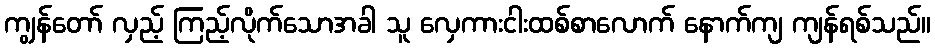
ကျွန်တော် လှည့် ကြည့်လိုက်သောအခါ သူ လှေကားငါးထစ်စာလောက် နောက်ကျ ကျန်ရစ်သည်။